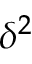
\delta ^ { 2 }